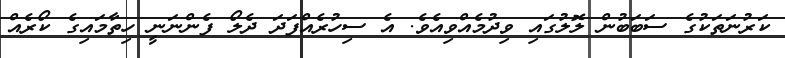
ކަރުނަތަކުގެ ސަބަބުން ލޮލުގައި ވިދުމެއްވިއެވެ. އެ ސިހުރެއްފަދަ ދެލޯ ފެންނަނީ ހިތާމައިގެ ކޯރެއް